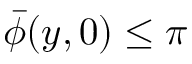
\bar { \phi } ( y , 0 ) \le \pi